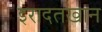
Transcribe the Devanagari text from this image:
इरादतखान